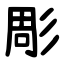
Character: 彫